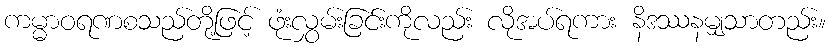
ကမ္မာဝရဏစသည်တို့ဖြင့် ဖုံးလွှမ်းခြင်းကိုလည်း လိုအပ်ရကား နိဒဿနမျှသာတည်း။